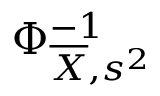
\Phi _ { { \overline { { X } } } , s ^ { 2 } } ^ { - 1 }